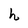
Character: h